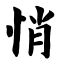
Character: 悄